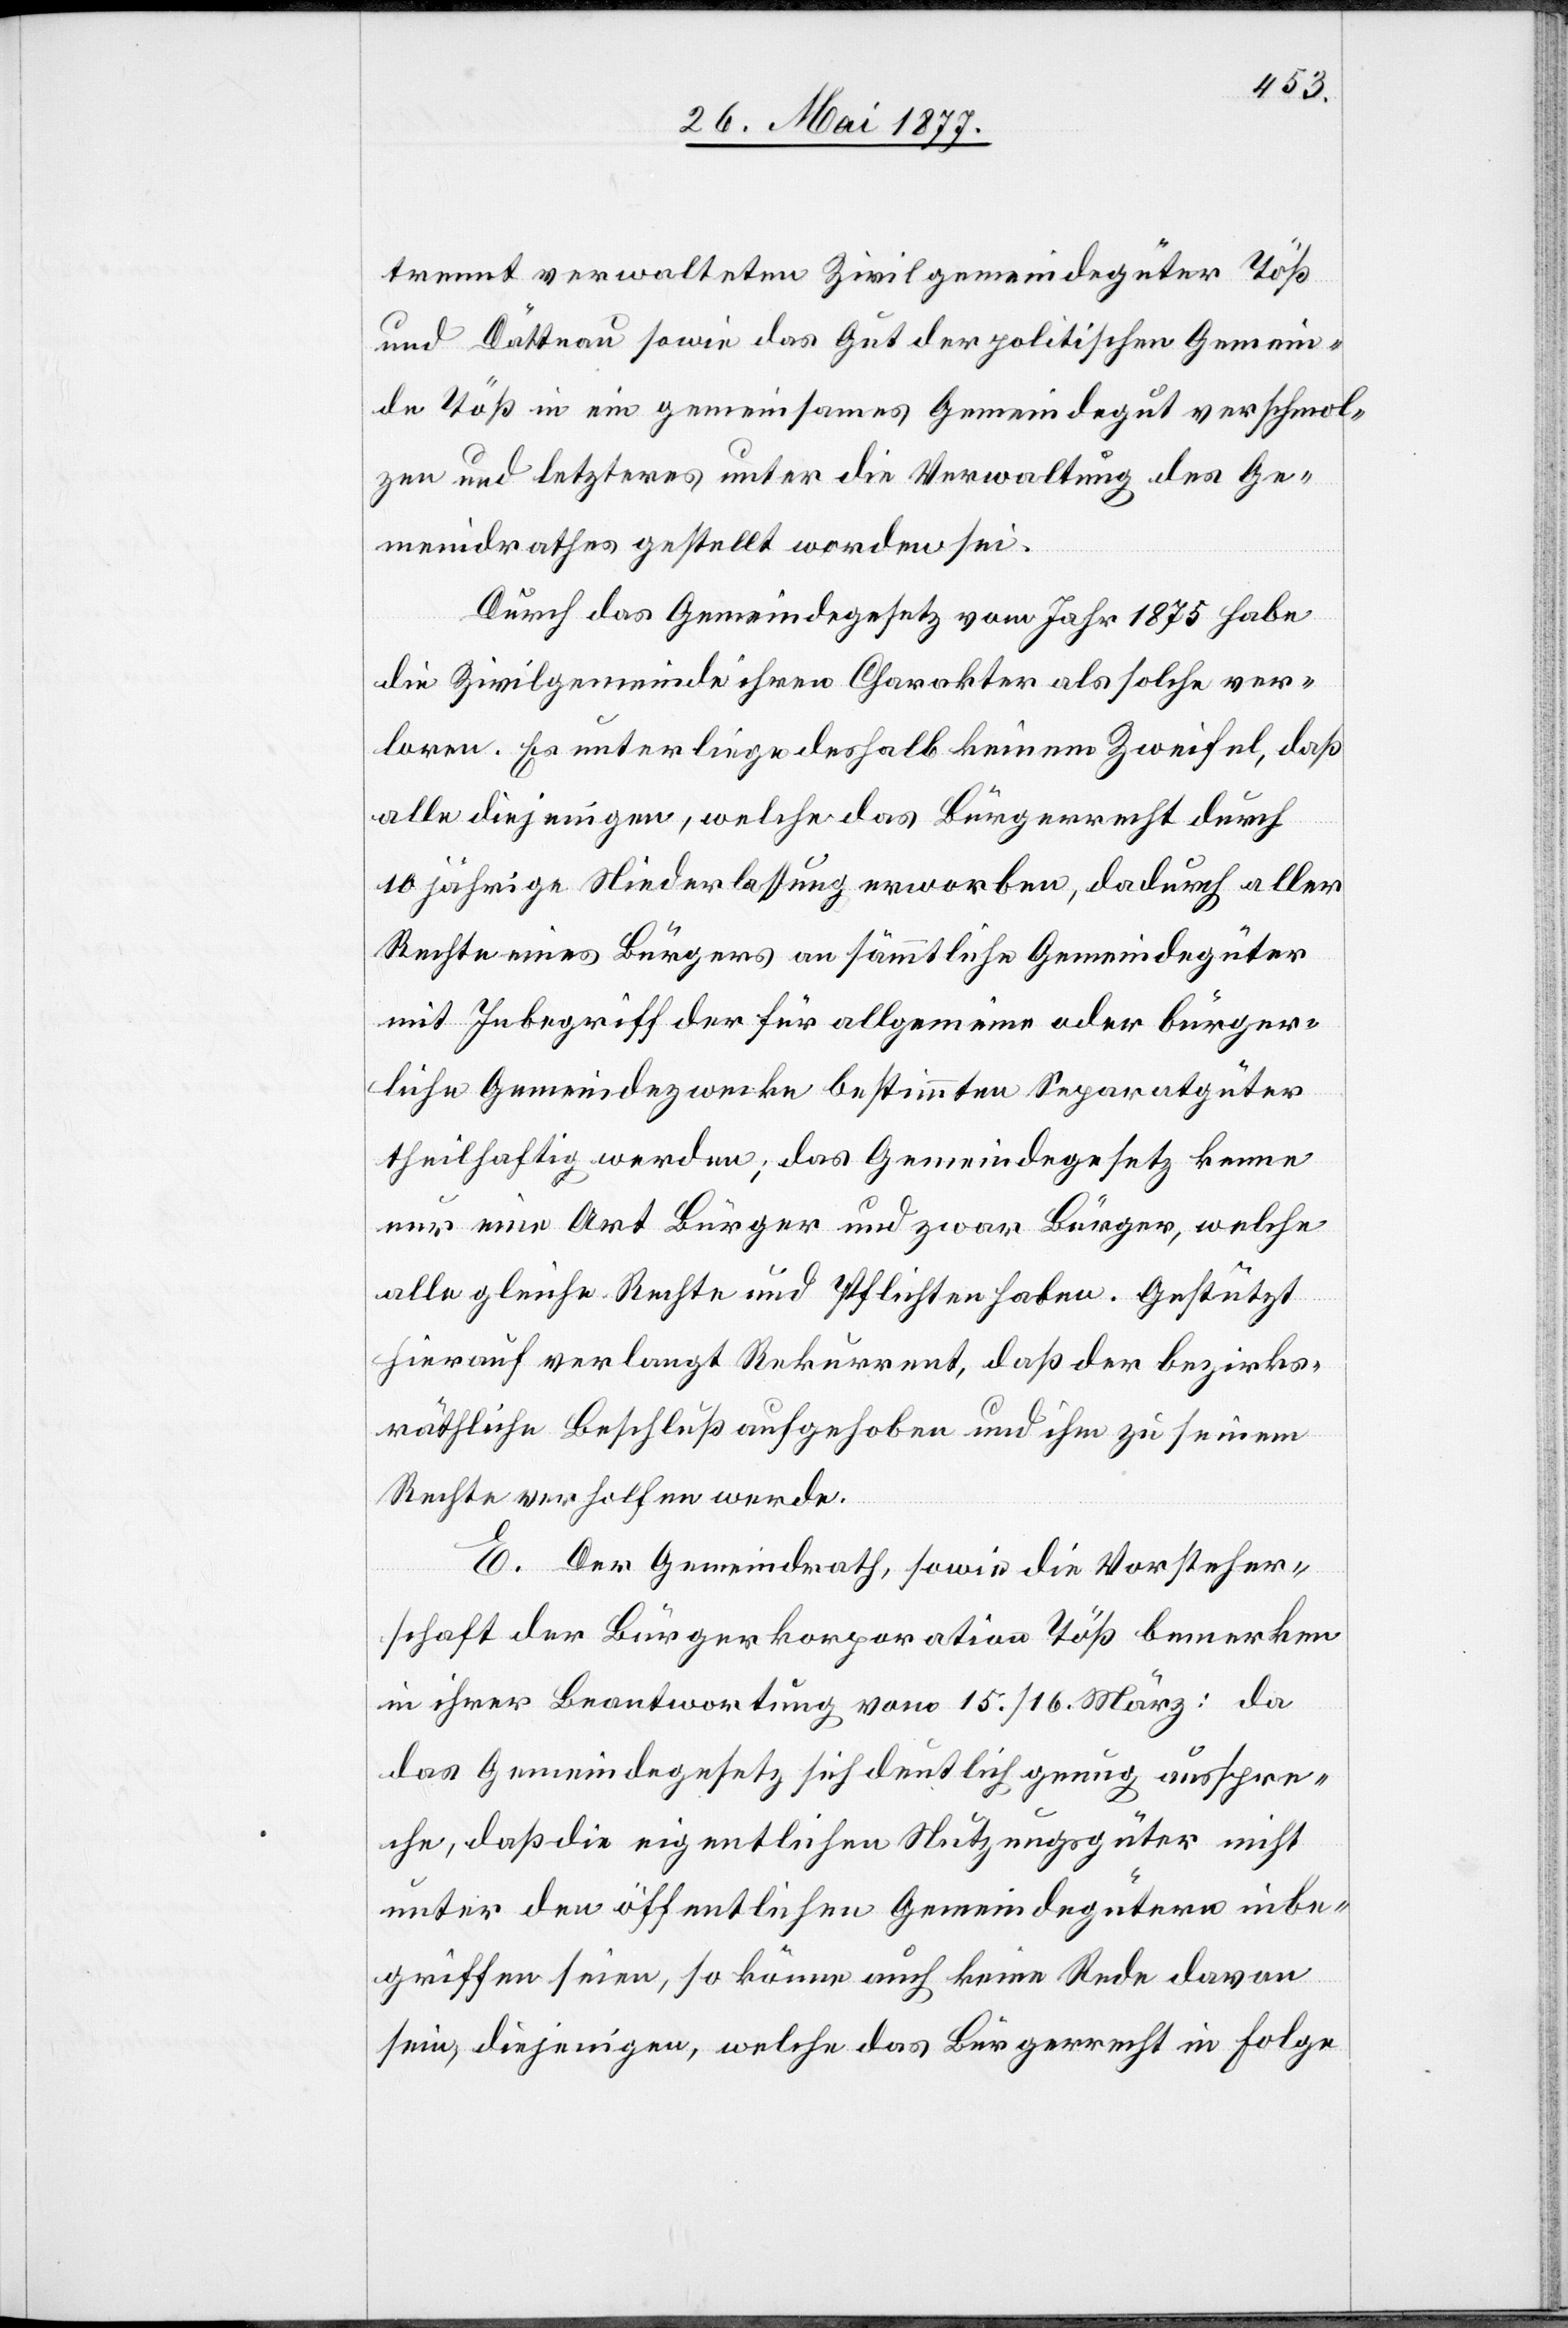
trennt verwalteten Zivilgemeindegüter Töß
und Dättnau sowie das Gut der politischen Gemein¬
de Töß in ein gemeinsames Gemeindegut verschmol¬
zen und letzteres unter die Verwaltung des Ge¬
meindrathes gestellt worden sei.
Durch das Gemeindegesetz vom Jahr 1875 habe
die Zivilgemeinde ihren Charakter als solche ver¬
loren. Es unterliege deshalb keinem Zweifel, daß
alle diejenigen, welche das Bürgerrecht durch
10 jährige Niederlassung erworben, dadurch aller
Rechte eines Bürgers an sämmtliche Gemeindegüter
mit Inbegriff der für allgemeine oder bürger¬
liche Gemeindezwecke bestimmten Separatgüter
theilhaftig werden; das Gemeindegesetz kenne
nur eine Art Bürger und zwar Bürger, welche
alle gleiche Rechte und Pflichten haben. Gestützt
hierauf verlangt Rekurrent, daß der bezirks¬
räthliche Beschluß aufgehoben und ihm zu seinem
Rechte verholfen werde.
E. Der Gemeindrath, sowie die Vorsteher¬
schaft der Bürgerkorporation Töß bemerken
in ihrer Beantwortung vom 15./16 März: da
das Gemeindegesetz sich deutlich genug ausspre¬
che, daß die eigentlichen Nutzungsgüter nicht
unter den öffentlichen Gemeindegütern inbe¬
griffen seien, so könne auch keine Rede davon
sein, diejenigen, welche das Bürgerrecht in Folge